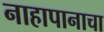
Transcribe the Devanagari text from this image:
नाहापानाचा